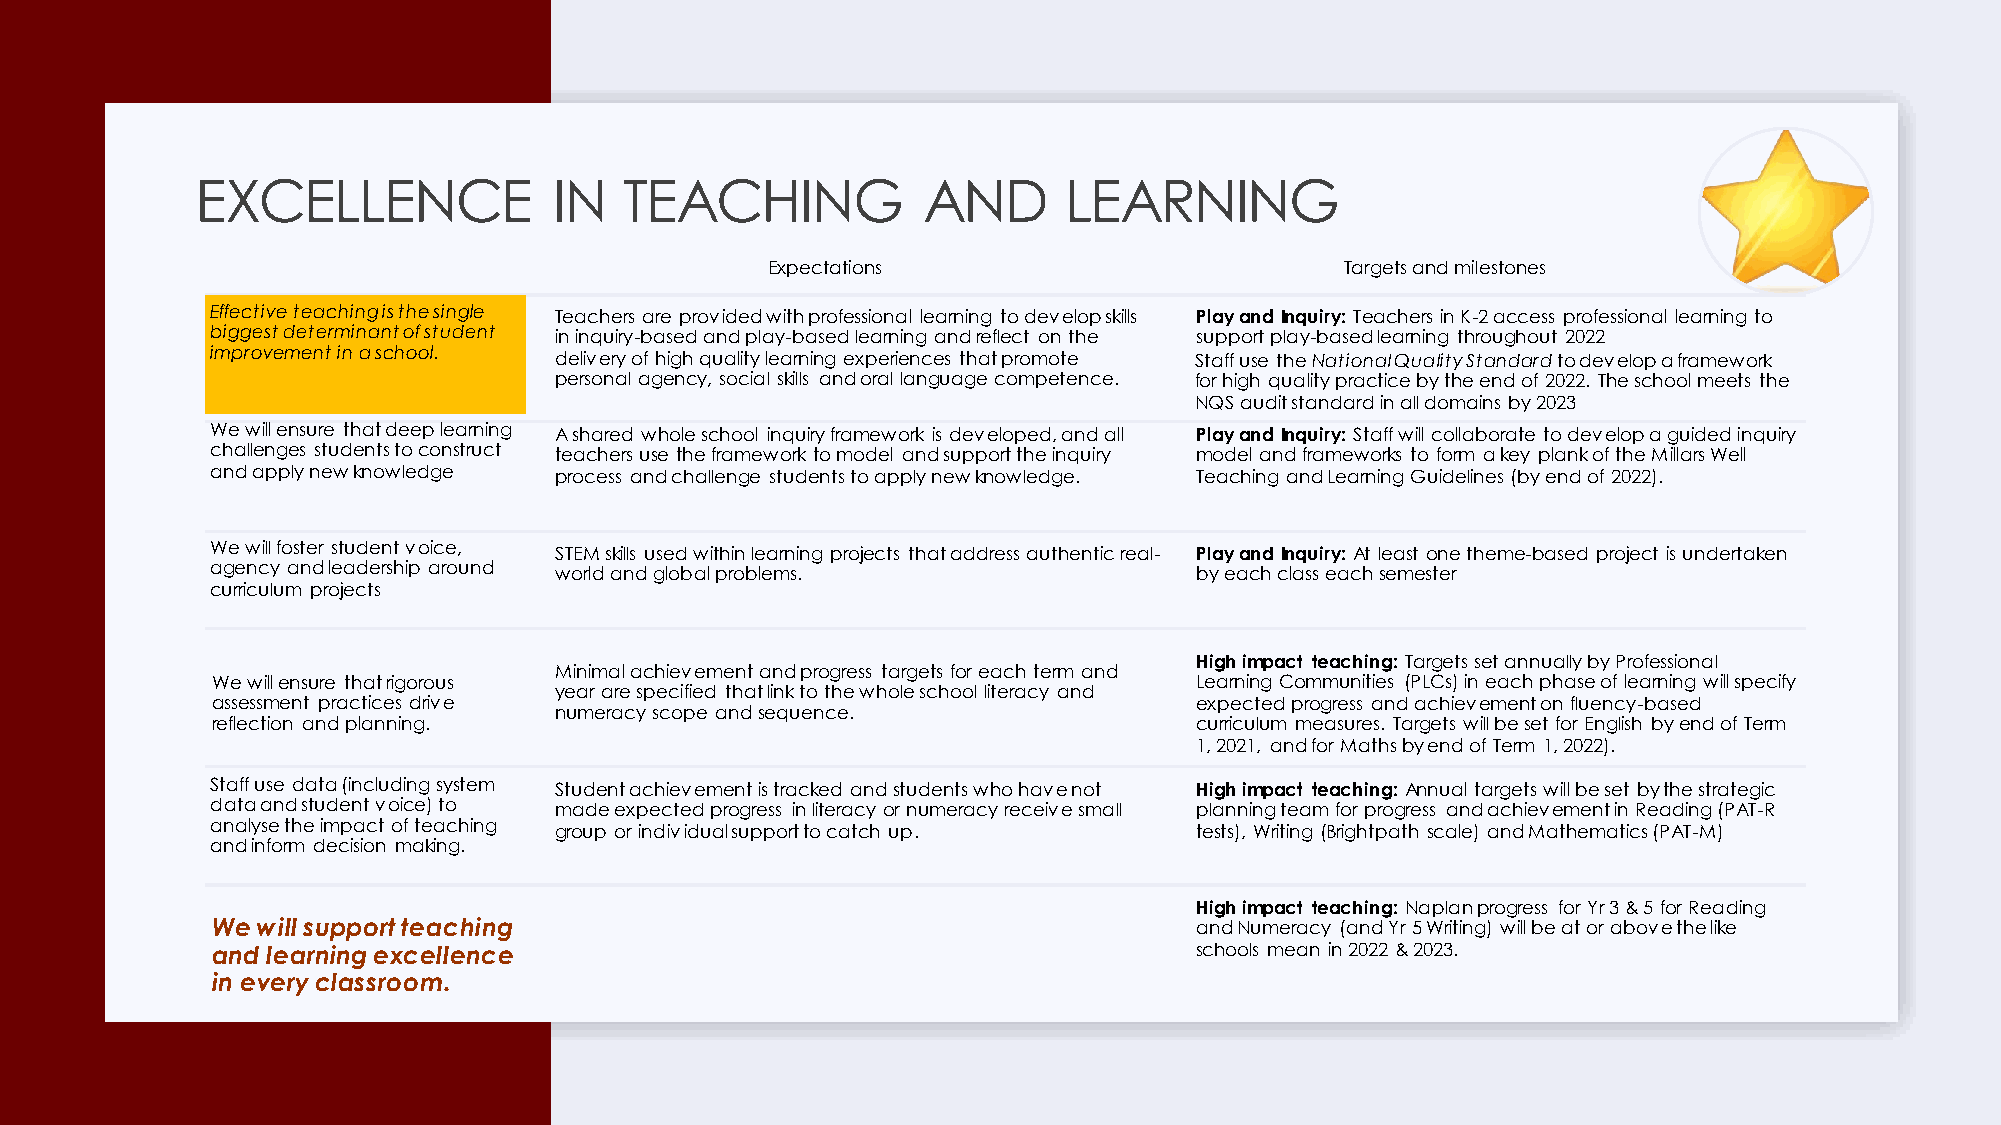
EXCELLENCE              IN  TEACHING            AND      LEARNING
 Expectations                          Targets and milestones
 Effective teaching is the single Teachers are provided with professional learning to develop skills Play and Inquiry: Teachers in K-2 access professional learning to
 biggest determinant of student in inquiry-based and play-based learning and reflect on the support play-based learning throughout 2022
 improvement in a school. delivery of high quality learning experiences that promote Staff use the National Quality Standard to develop a framework
 personal agency, social skills and oral language competence. for high quality practice by the end of 2022. The school meets the
 NQS audit standard in all domains by 2023
 We will ensure that deep learning A shared whole school inquiry framework is developed, and all Play and Inquiry: Staff will collaborate to develop a guided inquiry
 challenges students to construct teachers use the framework to model and support the inquiry model and frameworks to form a key plank of the Millars Well
 and apply new knowledge process and challenge students to apply new knowledge. Teaching and Learning Guidelines (by end of 2022).
 We will foster student voice, STEM skills used within learning projects that address authentic real- Play and Inquiry: At least one theme-based project is undertaken
 agency and leadership around world and global problems.          by each class each semester
 curriculum projects
 High impact teaching: Targets set annually by Professional
 Minimal achievement and progress targets for each term and
 We will ensure that rigorous                                     Learning Communities (PLCs) in each phase of learning will specify
 year are specified that link to the whole school literacy and
 assessment practices drive                                       expected progress and achievement on fluency-based
 numeracy scope and sequence.
 reflection and planning.                                         curriculum measures. Targets will be set for English by end of Term
 1, 2021, and for Mathsby end of Term 1, 2022).
 Staff use data (including system Student achievement is tracked and students who have not High impact teaching: Annual targets will be set by the strategic
 data and student voice) to made expected progress in literacy or numeracy receive small planning team for progress and achievement in Reading (PAT-R
 analyse the impact of teaching group or individual support to catch up. tests), Writing (Brightpath scale) and Mathematics (PAT-M)
 and inform decision making.
 High impact teaching: Naplanprogress for Yr3 & 5 for Reading
 We will support teaching                                         and Numeracy (and Yr5 Writing) will be at or above the like
 and learning excellence                                          schools mean in 2022 & 2023.
 in every classroom.